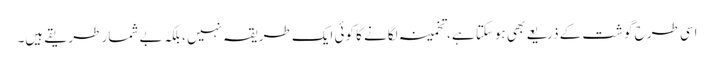
اسی طرح گوشت کے ذریعے بھی ہوسکتا ہے، تخمینہ لگانے کا کوئی ایک طریقہ نہیں ، بلکہ بے شمار طریقے ہیں۔